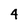
Character: 4